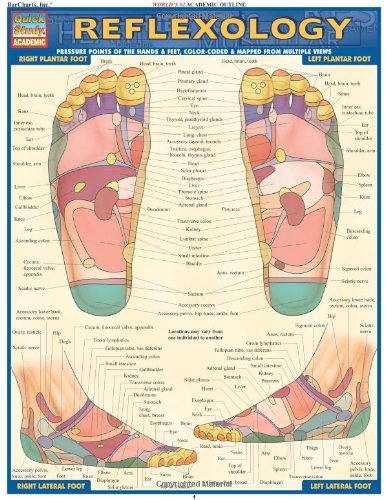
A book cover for Reflexology (Quickstudy: Academic); Inc. BarCharts; Medical Books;